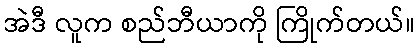
အဲဒီ လူက စည်ဘီယာကို ကြိုက်တယ်။